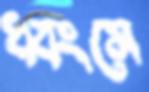
ধ্বংসে